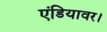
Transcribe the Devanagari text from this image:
एंडियावर।